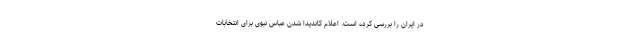
در ایران را بررسی کرده است. اعلام کاندیدا شدن عباس نبوی برای انتخابات